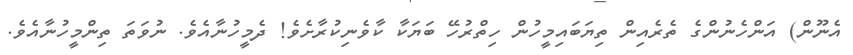
އެނޫން) އަންހެނުންގެ ތެރެއިން ތިޔަބައިމީހުން ހިތްރުހޭ ބަޔަކާ ކާވެނިކުރާށެވެ! ދެމީހުނާއެވެ. ނުވަތަ ތިންމީހުނާއެވެ.